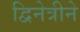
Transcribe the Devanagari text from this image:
द्विनेत्रीने